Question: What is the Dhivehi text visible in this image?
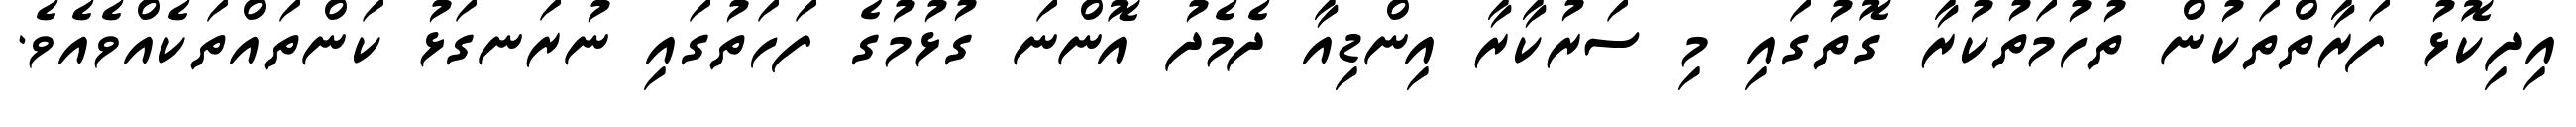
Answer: އިދިކޮޅު ފަރާތްތަކުން ތުހުމަތުކުރާ ގޮތުގައި މި ސަރުކާރާ އިންޑިއާ ދެމެދު އޮންނަ ގުޅުމުގެ ފަހަތުގައި ނުރަނގަޅު ކަންތައްތަކެއްވެއެވެ.